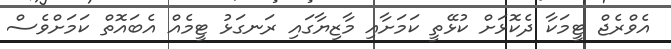
އެވްރެޖް ޓީމަކާ ދެކޮޅަށް ކުޅޭތީ ކަމަށާއި މާޒިޔާގައި ރަނގަޅު ޓީމެއް އެބައޮތް ކަމަށްވެސް